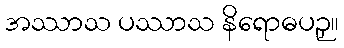
အဿာသ ပဿာသ နိရောဓပဉှ။